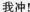
我冲！